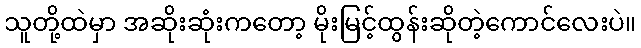
သူတို့ထဲမှာ အဆိုးဆုံးကတော့ မိုးမြင့်ထွန်းဆိုတဲ့ကောင်လေးပဲ။